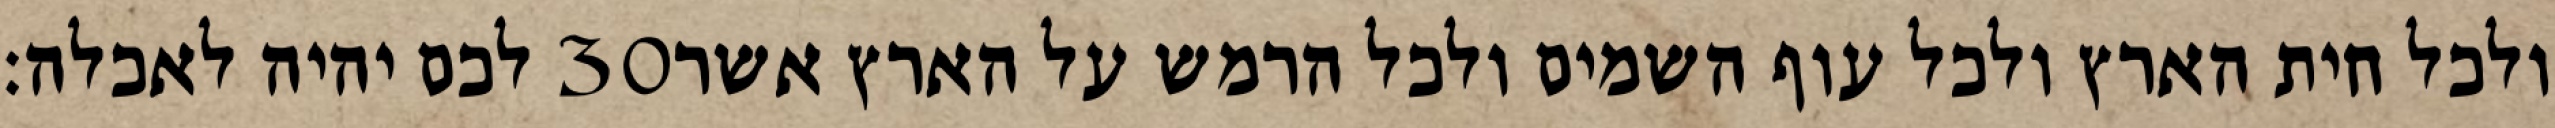
לכם יהיה לאכלה׃ ‎30‏ ולכל חית הארץ ולכל עוף השמים ולכל הרמש על הארץ אשר